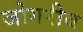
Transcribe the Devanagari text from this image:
जोगरीब